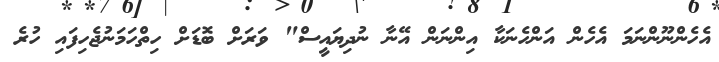
އެހެންނޫންނަމަ އެހެން އަންހެނަކާ އިންނަން އޭނާ ނުދިޔައީސް" ވަރަށް ބޮޑަށް ހިތްހަމަނުޖެހިފައި ހުރެ